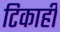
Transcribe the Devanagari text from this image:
टिकाही